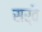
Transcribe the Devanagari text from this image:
सर्वै